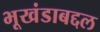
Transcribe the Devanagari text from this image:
भूखंडाबद्दल